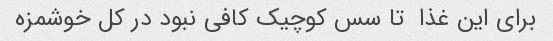
برای این غذا  تا سس کوچیک کافی نبود در کل خوشمزه